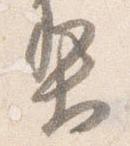
梨